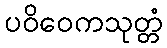
ပဝိဝေကသုတ္တံ